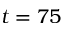
t = 7 5